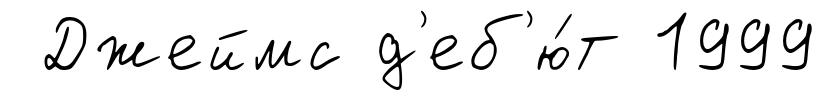
Джеймс д'еб'ю́т 1999